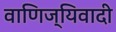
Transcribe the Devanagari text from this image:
वाणिज्यिवादी